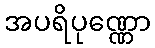
အပရိပုဏ္ဏော